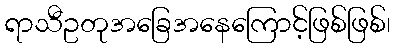
ရာသီဥတုအခြေအနေကြောင့်ဖြစ်ဖြစ်၊